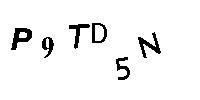
P9TD5N